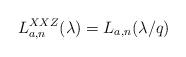
LaTeX: \begin{align*}L_{a,n}^{XXZ}(\lambda )=L_{a,n}(\lambda /q)\end{align*}